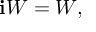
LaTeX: \mathbf { i } W = W ,